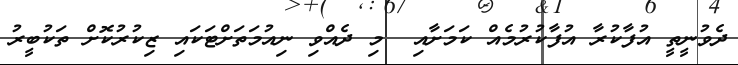
ދެވުނީތީ އުފާކުރާ އުފާކުރުމެއް ކަމަށާއި  މި ދެއްވި ނިއުމަތަށްޓަކައި ޒިކުރުކޮށް ތަކުބީރު